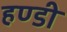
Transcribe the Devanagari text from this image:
हण्डी